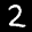
Label: 2